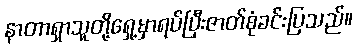
နာတာရှာသူတို့ရှေ့မှာရပ်ပြီးဇာတ်စုံခင်းပြသည်။